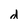
Character: d